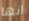
انها